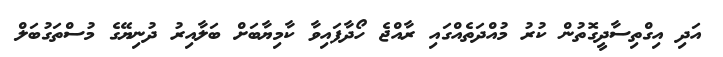
އަދި އިގްތިސާދީގޮތުން ކުރު މުއްދަތެއްގައި ރާއްޖެ ހޯދާފައިވާ ކާމިޔާބަށް ބަލާއިރު ދުނިޔޭގެ މުސްތަގުބަލް